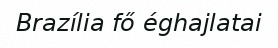
Brazília fő éghajlatai